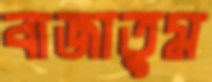
বাজাতুম